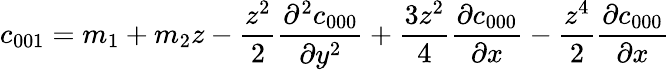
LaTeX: c_{001}=m_{1}+m_{2}z-\frac{z^{2}}{2}\frac{\partial^{2}c_{000}}{\partial y^{2}}+\frac{3z^{2}}{4}\frac{\partial c_{000}}{\partial x}-\frac{z^{4}}{2}\frac{\partial c_{000}}{\partial x}